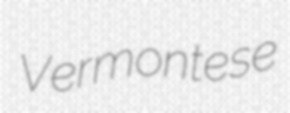
Vermontese